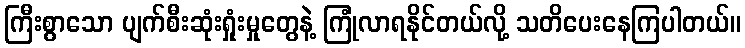
ကြီးစွာသော ပျက်စီးဆုံးရှုံးမှုတွေနဲ့ ကြုံလာရနိုင်တယ်လို့ သတိပေးနေကြပါတယ်။